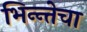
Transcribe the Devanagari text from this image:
भिन्न्तेचा